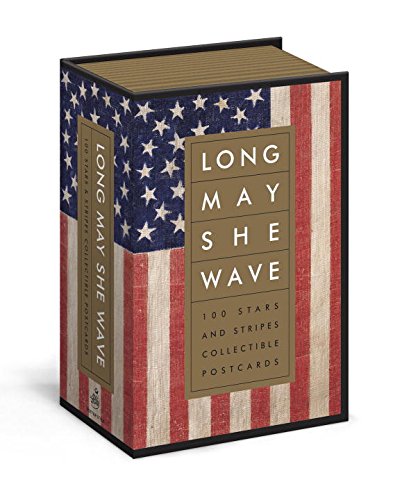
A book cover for Long May She Wave: 100 Stars and Stripes Collectible Postcards; Kit Hinrichs; Crafts, Hobbies & Home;